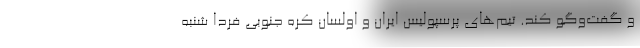
و گفت‌وگو کند. تیم‌های پرسپولیس ایران و اولسان کره جنوبی فردا شنبه